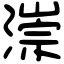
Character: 漴